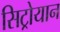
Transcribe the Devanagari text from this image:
सिट्रोयान